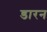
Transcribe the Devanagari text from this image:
डारन